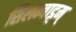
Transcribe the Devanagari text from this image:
सिलम्बाट्टम्